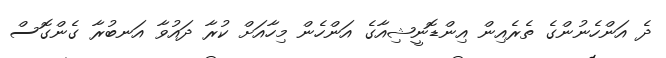
ދެ އަންހެނުންގެ ތެރެއިން އިންޑޮނީޝިއާގެ އަންހެން މިހާއަށް ކުރާ ދައުވާ އަނބުރާ ގެންގޮސް